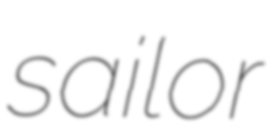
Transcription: sailor